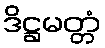
ဒိဋ္ဌမတ္တံ